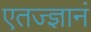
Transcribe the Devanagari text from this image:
एतज्ज्ञानं